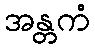
အန္တကံ